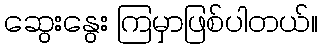
ဆွေးနွေး ကြမှာဖြစ်ပါတယ်။